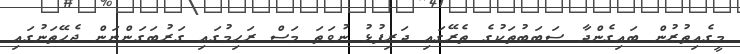
މީގެއިތުރުން ބައިގެންދާ ސަބަބުތަކުގެ ތެރޭގައި ދަރިފުޅު ނުވަތަ މަސް ރަހިމުގައި ގަރުބަގަންނަން ޖެހޭތަނުގައި